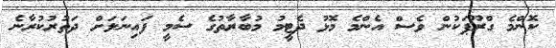
ކޮންމެ ގްރޫޕަކުން ވެސް އެންމެ މޮޅު ދެޓީމު މުބާރާތުގެ ސެމީ ފައިނަލަށް ދަތުރުކުރާނެ